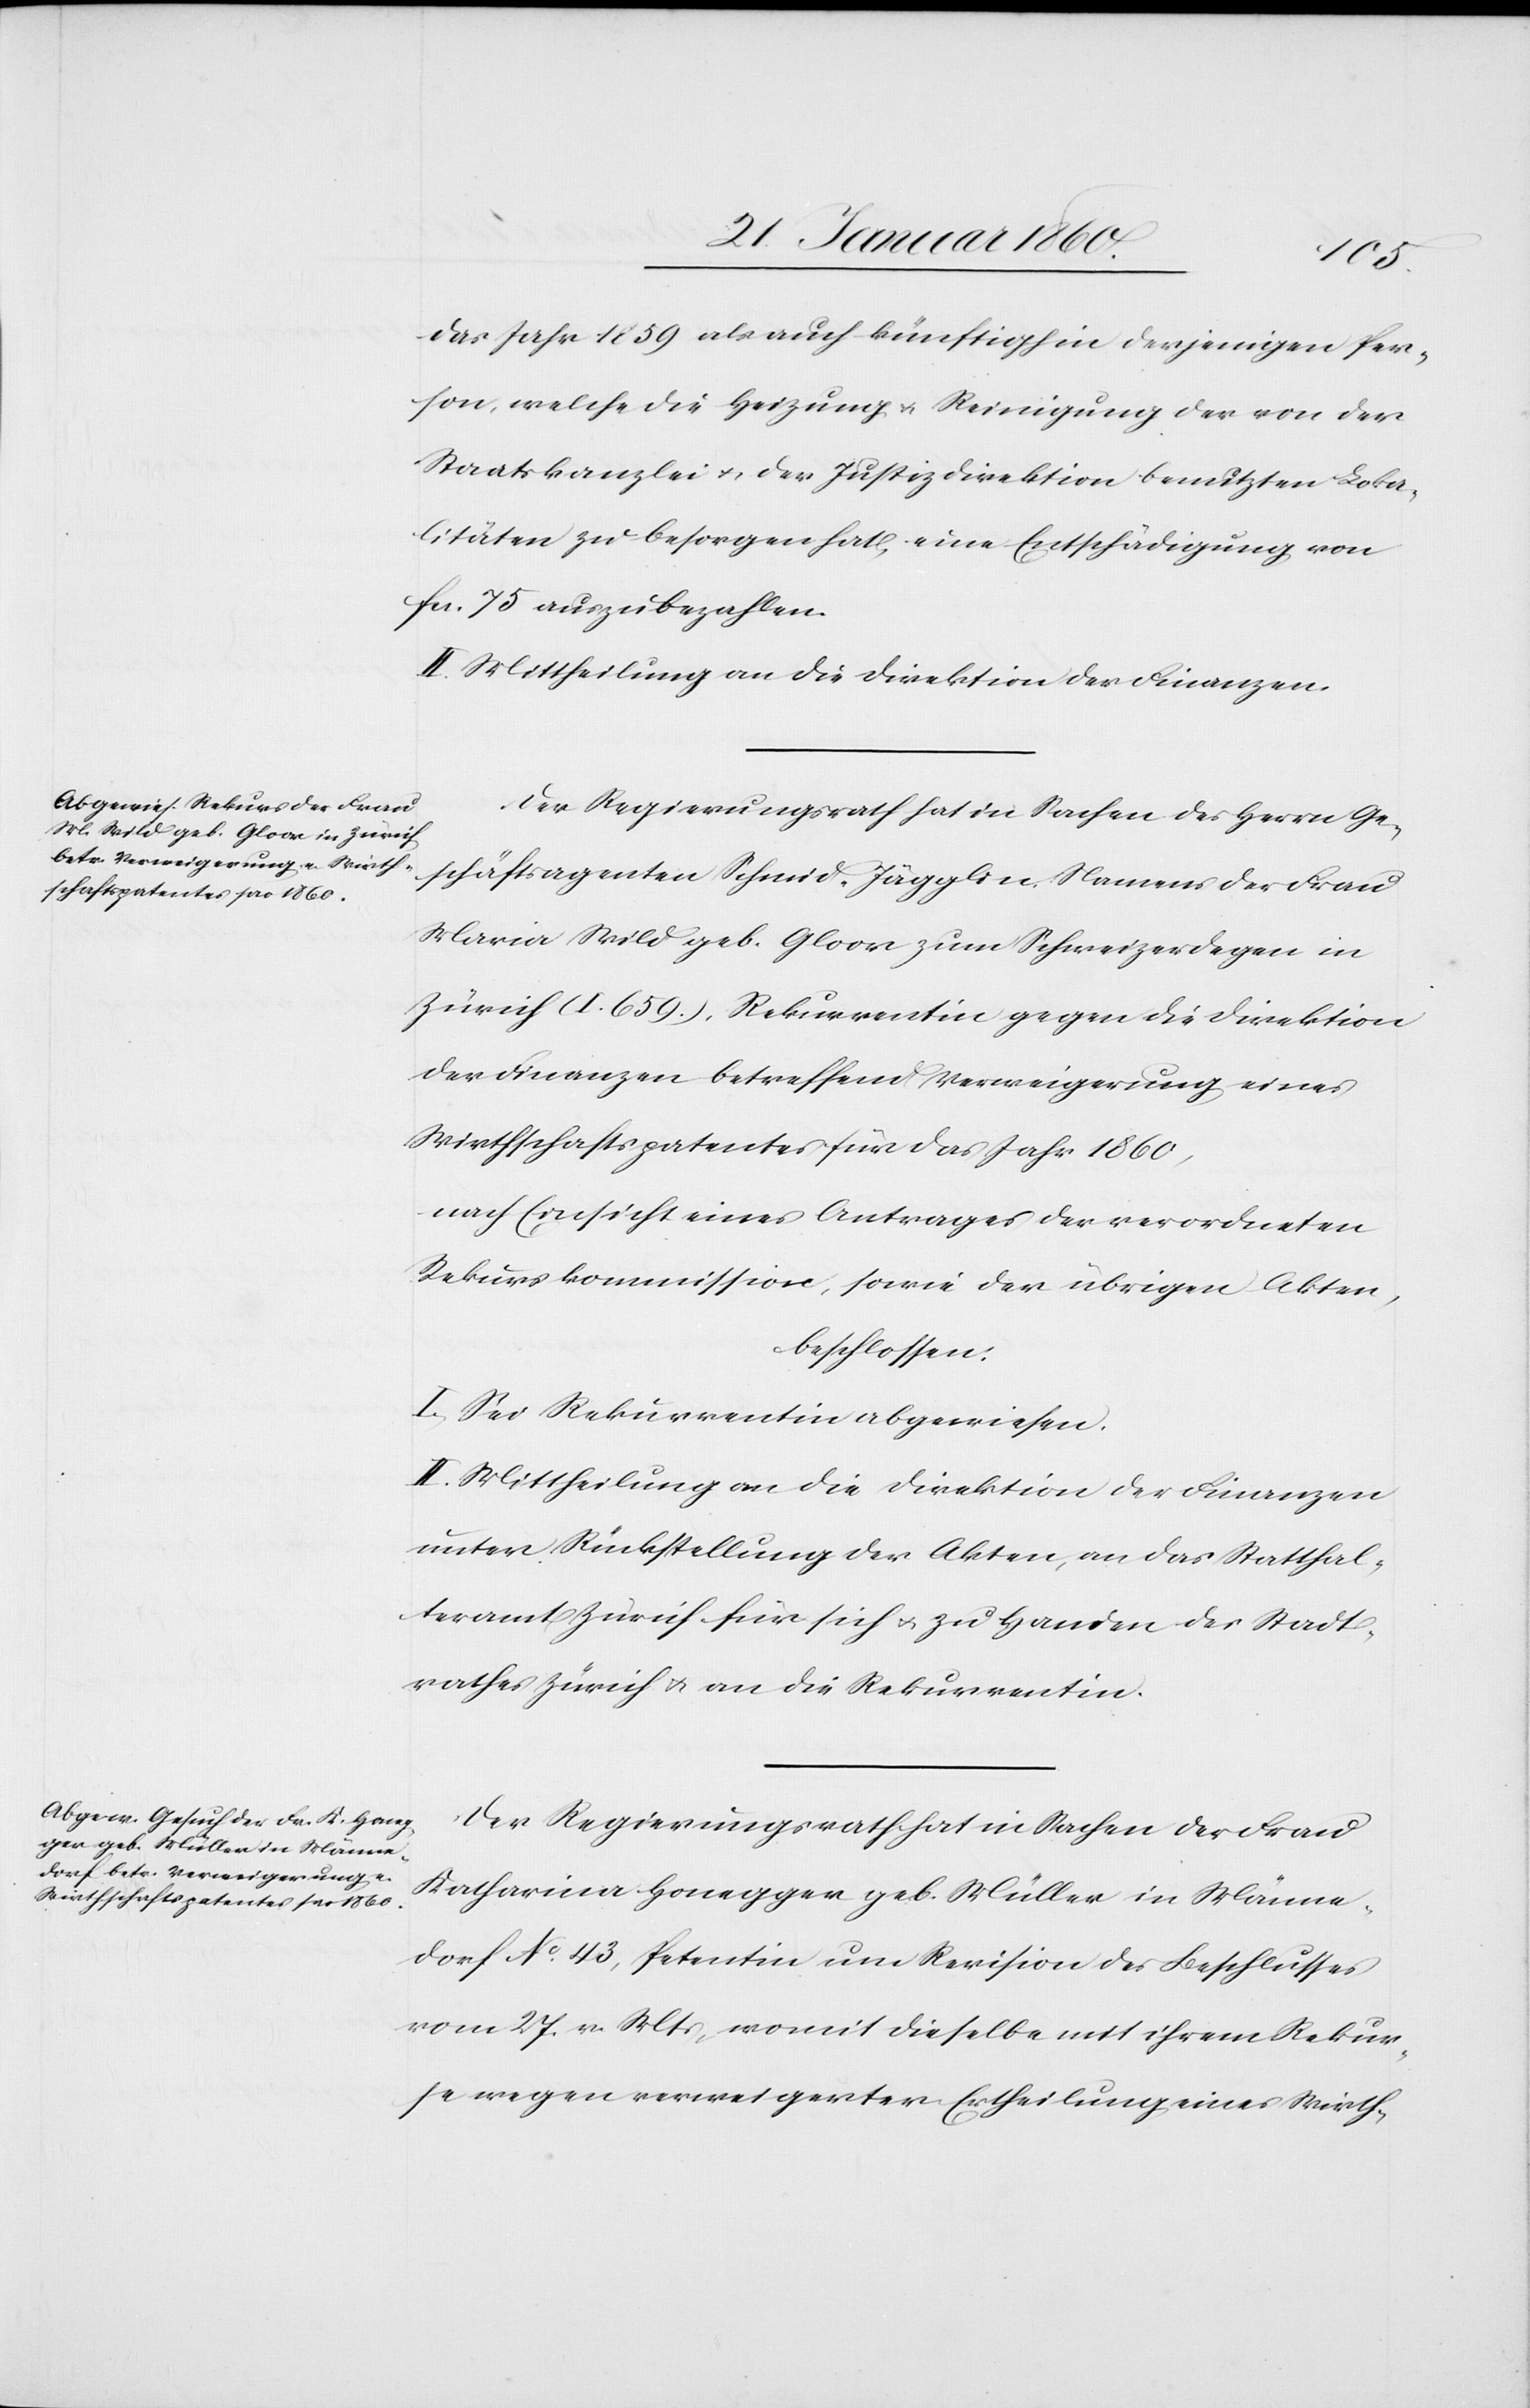
das Jahr 1859 als auch künftighin in derjenigen Per¬
son, welche die Heizung u. Reinigung der von der
Staatskanzlei u. der Justizdirektion benutzten Loka¬
litäten zu besorgen hat, eine Entschädigung von
frc. 75 auszubezahlen.
II. Mittheilung an die Direktion der Finanzen.
Der Regierungsrath hat in Sachen des Herrn Ge¬
schäftsagenten Schmid-Jägglin Namens der Frau
Maria Wild geb. Gloor zum Schweizerdegen in
Zürich (I. 659.) Rekurrentin gegen die Direktion
der Finanzen betreffend Verweigerung eines
Wirthschaftspatentes für das Jahr 1860,
nach Einsicht eines Antrages der verordneten
Rekurskommission, sowie der übrigen Akten,
beschlossen:
I. Sei Rekurrentin abgewiesen.
II. Mittheilung an die Direktion der Finanzen
unter Rückstellung der Akten, an das Statthal¬
teramt Zürich für sich u. zu Handen des Stadt¬
rathes Zürich u. an die Rekurrentin.
Der Regierungsrath in Sachen der Frau
Katharina Honegger geb. Müller in Männe¬
dorf No 43, Petentin um Revision des Beschlusses
vom 17. v. Mts. womit dieselbe mit ihrem Rekur¬
se wegen verweigerter Ertheilung eines Wirth-